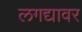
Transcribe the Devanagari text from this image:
लगद्यावर